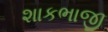
શાકભાજી